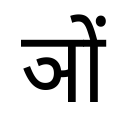
OCR:
ञों